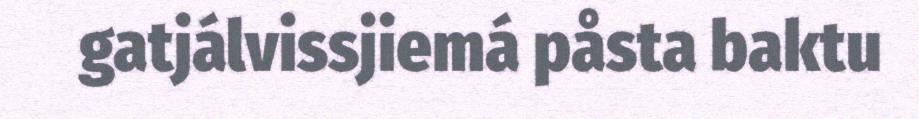
gatjálvissjiemá påsta baktu